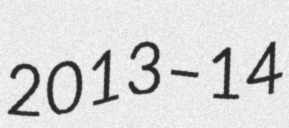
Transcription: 2013–14